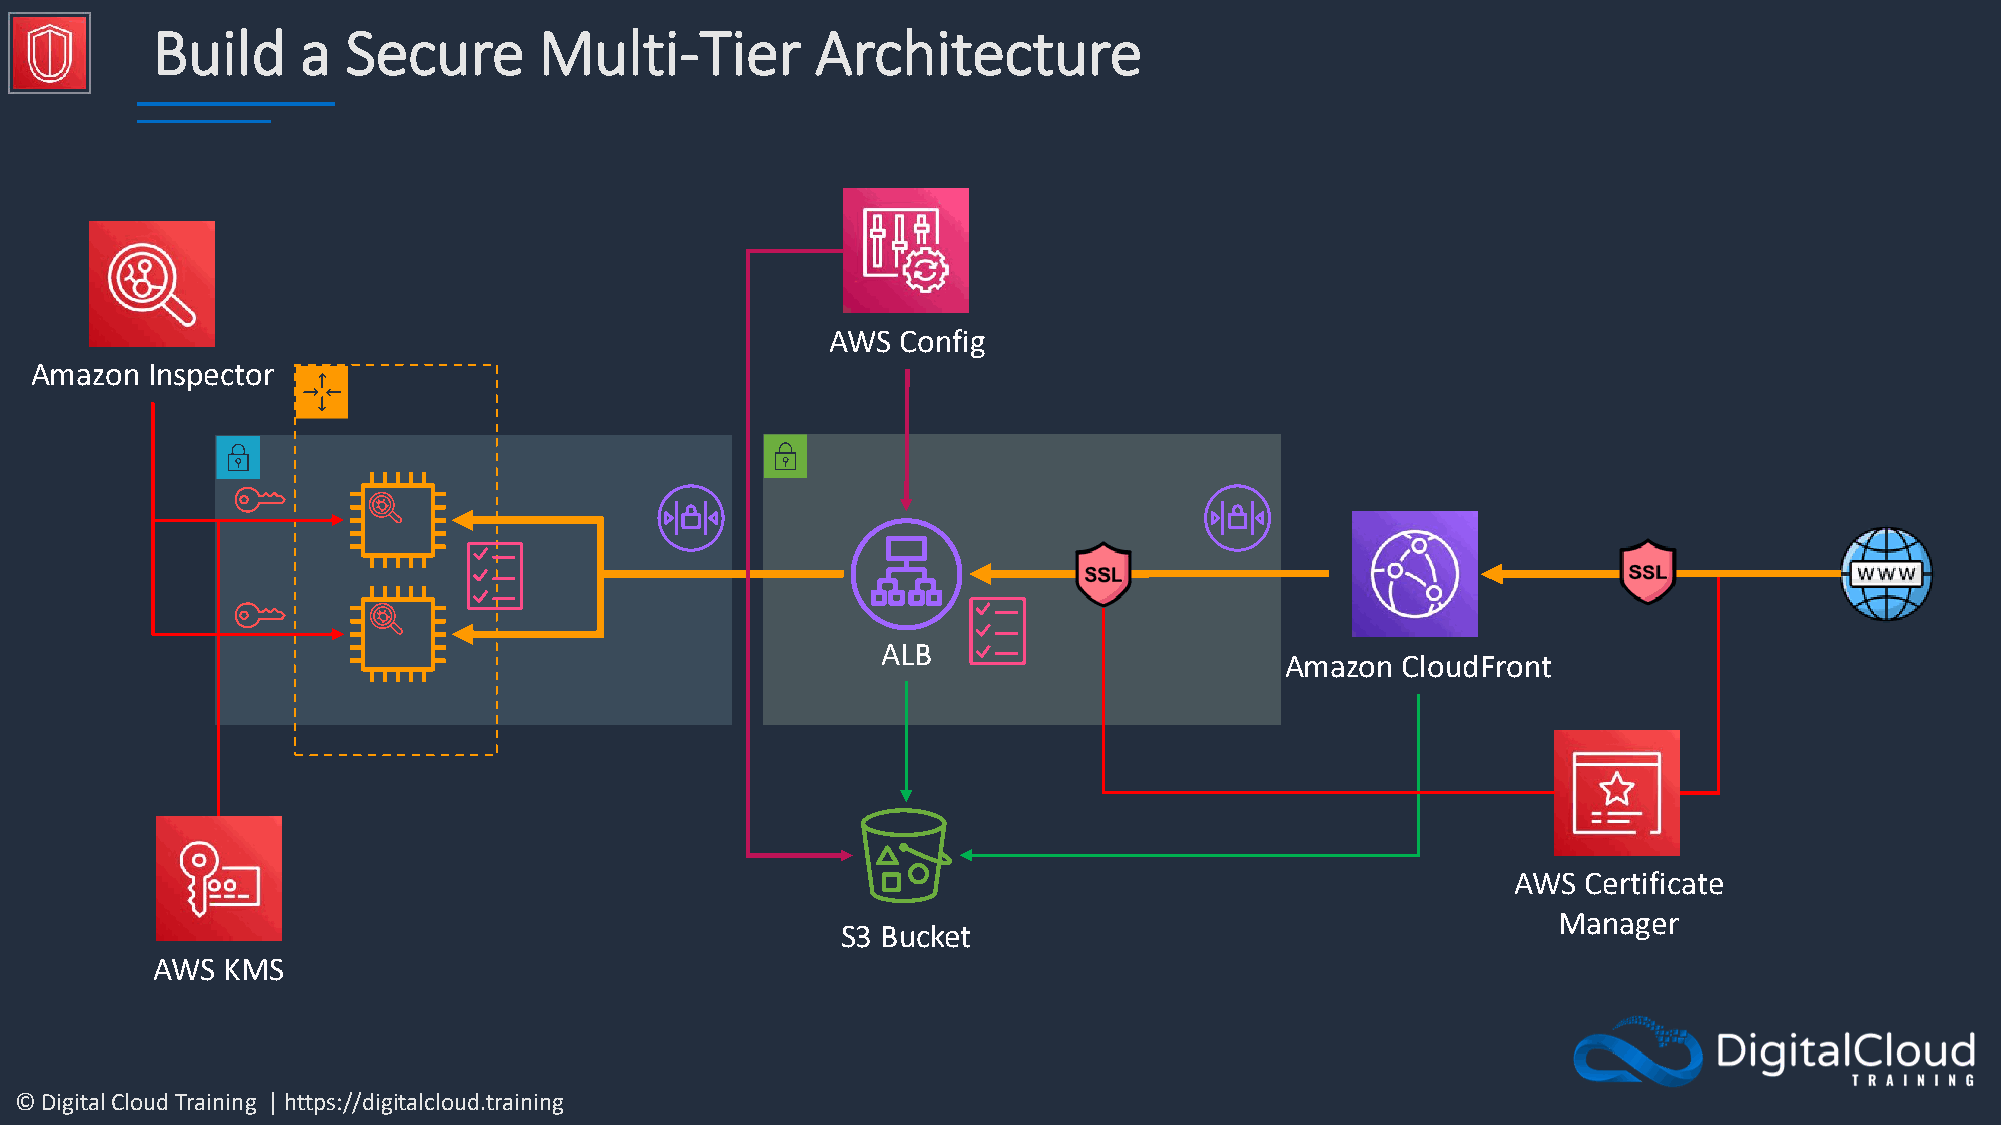
Build     a  Secure       Multi-Tier        Architecture
 AWS  Config
 Amazon  Inspector
 ALB
 Amazon  CloudFront
 AWS  Certificate
 Manager
 S3 Bucket
 AWS  KMS
 © Digital Cloud Training | https://digitalcloud.training